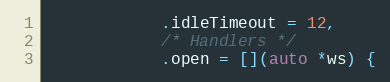
Language: C++
            .idleTimeout = 12,
            /* Handlers */
            .open = [](auto *ws) {